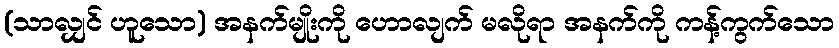
(သာလျှင် ဟူသော) အနက်မျိုးကို ဟောလျက် မလိုရာ အနက်ကို ကန့်ကွက်သော